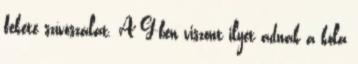
fekete szívószálat. A G-ben viszont ilyet adnak a kóla